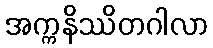
အက္ကနိဿိတဂါလာ